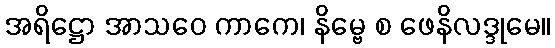
အရိဋ္ဌော အာသဝေ ကာကေ၊ နိမ္ဗေ စ ဖေနိလဒ္ဒုမေ။